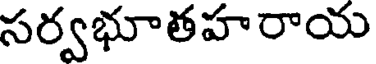
సర్వభూతహరాయ